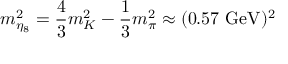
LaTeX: m _ { \eta _ { 8 } } ^ { 2 } = { \frac { 4 } { 3 } } m _ { K } ^ { 2 } - { \frac { 1 } { 3 } } m _ { \pi } ^ { 2 } \approx ( 0 . 5 7 \, \, \mathrm { G e V } ) ^ { 2 }